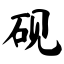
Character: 砚